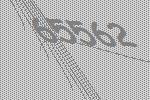
65562